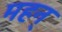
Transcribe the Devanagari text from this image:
महन्